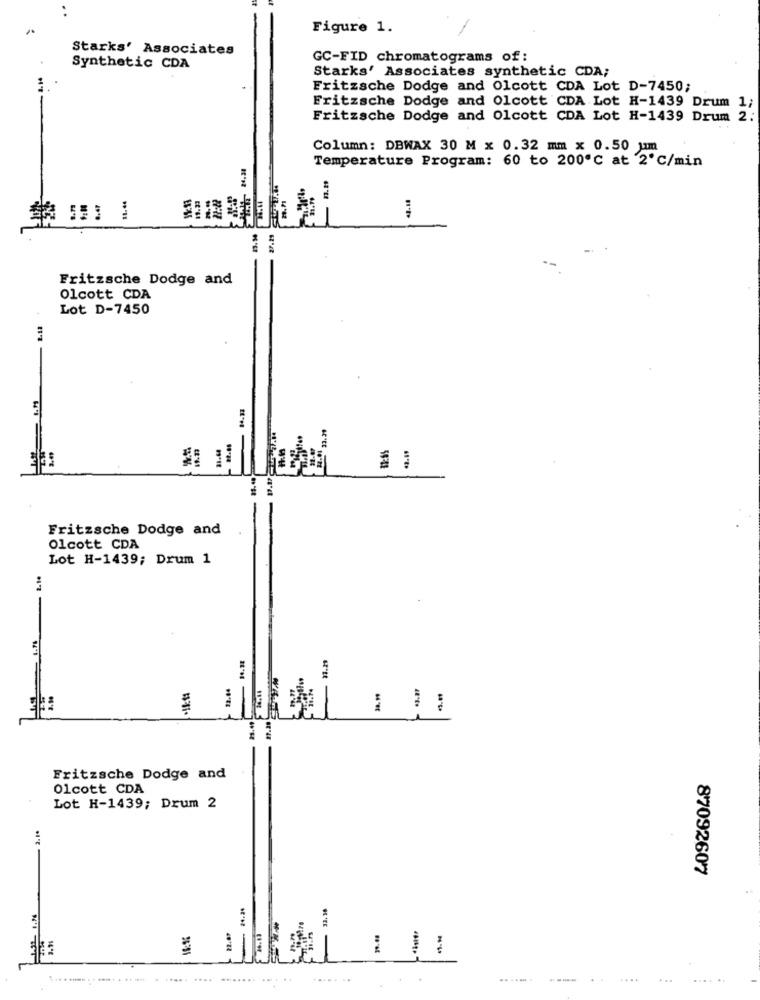
Figure 1.
Starks' Associates
GC-FID chromatograms of:
Synthetic CDA
Starks' Associates synthetic CDA;
Fritzsche Dodge and Olcott CDA Lot D-7450;
Fritzsche Dodge and Olcott CDA Lot H-1439 Drum 1;
Fritzsche Dodge and Olcott CDA Lot H-1439 Drum
Column: DBWAX 30 M x 0.32 mm x 0.50 um
24,38
Temperature Program: 60 to 200℃ at 2℃/min
- n.m
11.46
23.34
Fritzsche Dodge and
Olcott CDA
Lot D-7450
33.39
31.44
Fritzsche Dodge and
Olcott CDA
Lot H-1439; Drum 1
2.1.
27.20
23.49
Fritzsche Dodge and
Olcott CDA
Lot H-1439; Drum 2
87092607
33.30
=**
- 22.07
-
.. .. ...... . . .... . .. ...
.......
----
....
...